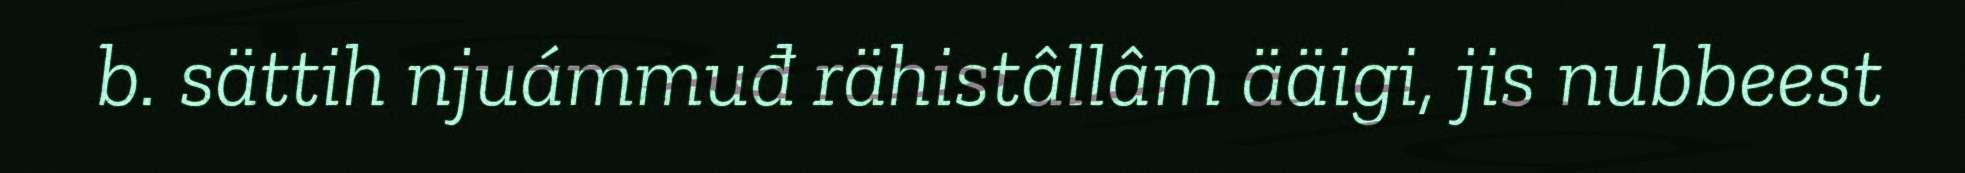
b. sättih njuámmuđ rähistâllâm ääigi, jis nubbeest